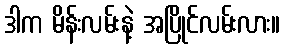
ဒါက မိန်းလမ်းနဲ့ အပြိုင်လမ်းလား။